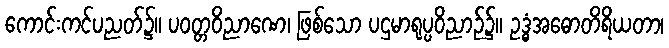
ကောင်းကင်ပညတ်၌။ ပဝတ္တဝိညာဏေ၊ ဖြစ်သော ပဌမာရုပ္ပဝိညာဉ်၌။ ဥဒ္ဓံအဓောတိရိယတာ၊